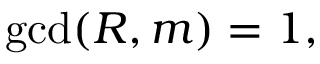
\operatorname* { g c d } ( R , m ) = 1 ,